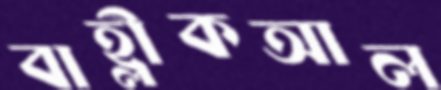
বাহ্লীকআল